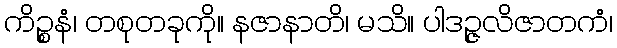
ကိဉ္စနံ၊ တစုတခုကို။ နဇာနာတိ၊ မသိ။ ပါဒဉ္ဇလိဇာတကံ၊